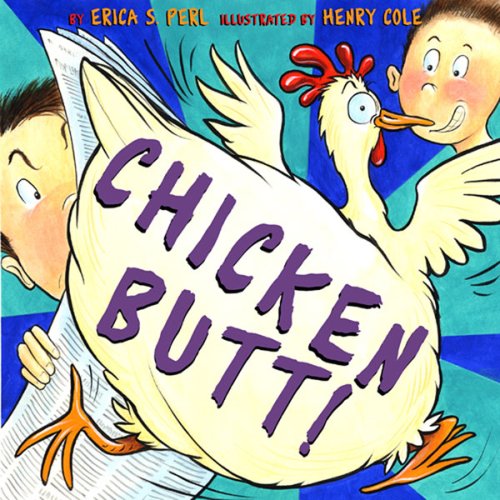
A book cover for Chicken Butt; Erica S. Perl; Children's Books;